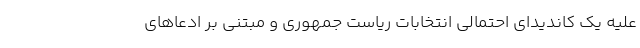
علیه یک کاندیدای احتمالی انتخابات ریاست جمهوری و مبتنی بر ادعاهای